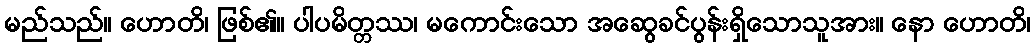
မည်သည်။ ဟောတိ၊ ဖြစ်၏။ ပါပမိတ္တဿ၊ မကောင်းသော အဆွေခင်ပွန်းရှိသောသူအား။ နော ဟောတိ၊